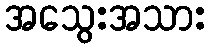
အသွေးအသား